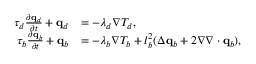
\begin{array} { r l } { \tau _ { d } \frac { \partial \mathbf q _ { d } } { \partial t } + \mathbf q _ { d } } & { = - \lambda _ { d } \nabla T _ { d } , } \\ { \tau _ { b } \frac { \partial \mathbf q _ { b } } { \partial t } + \mathbf q _ { b } } & { = - \lambda _ { b } \nabla T _ { b } + l _ { b } ^ { 2 } ( \Delta \mathbf q _ { b } + 2 \nabla \nabla \cdot \mathbf q _ { b } ) , } \end{array}